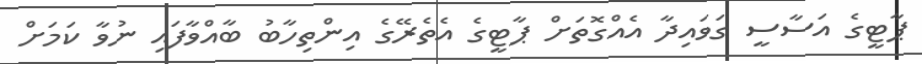
ޕާޓީގެ އަސާސީ ގަވައިދާ އެއްގޮތަށް ޕާޓީގެ އެތެރޭގެ އިންތިހާބު ބާއްވާފައި ނުވާ ކަމަށް